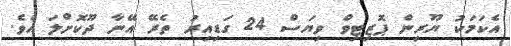
އެކަމަކު ޔޫރިން ޕޮޒިޓިވް ވިޔަސް 24 ގަޑިއިރު ތެރޭ އޭނާ ދޫކޮށްލަ އެވެ.